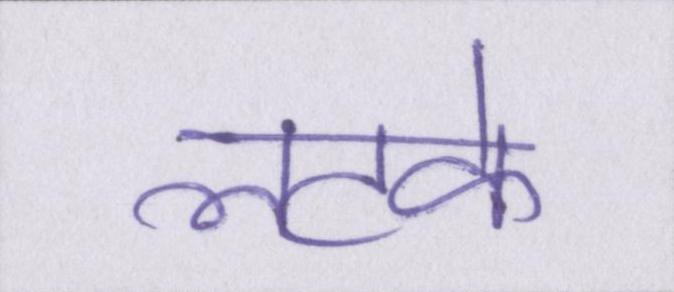
लटके